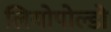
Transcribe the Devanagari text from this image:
लियोपोल्डो